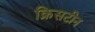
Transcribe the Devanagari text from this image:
क्रिसटीन